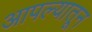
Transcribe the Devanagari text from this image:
आपल्यातून